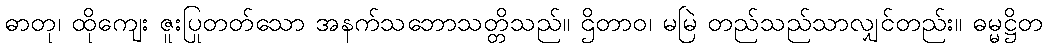
ဓာတု၊ ထိုကျေး ဇူးပြုတတ်သော အနက်သဘောသတ္တိသည်။ ဌိတာဝ၊ မမြဲ တည်သည်သာလျှင်တည်း။ ဓမ္မဋ္ဌိတ